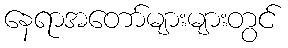
နေရာအတော်များများတွင်